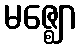
မဇ္ဈော